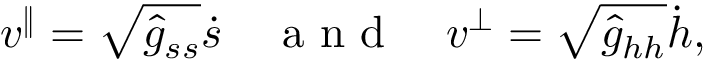
v ^ { \| } = \sqrt { \hat { g } _ { s s } } \dot { s } \quad \mathrm { ~ a ~ n ~ d ~ } \quad v ^ { \perp } = \sqrt { \hat { g } _ { h h } } \dot { h } ,